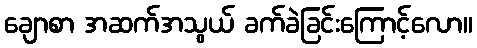
ချောစာ အဆက်အသွယ် ခက်ခဲခြင်းကြောင့်လော။